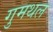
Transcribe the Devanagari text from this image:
गुमथल